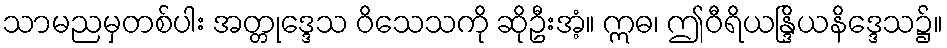
သာမညမှတစ်ပါး အတ္တုဒ္ဒေသ ဝိသေသကို ဆိုဦးအံ့။ ဣဓ၊ ဤဝီရိယန္ဒြိယနိဒ္ဒေသ၌။